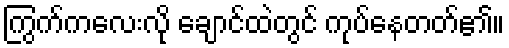
ကြွက်ကလေးလို ချောင်ထဲတွင် ကုပ်နေတတ်၏။